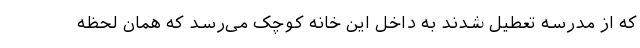
که از مدرسه تعطیل شدند به داخل این خانه‌ کوچک می‌رسد که همان لحظه